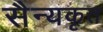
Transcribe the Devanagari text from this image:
सैन्यकृत